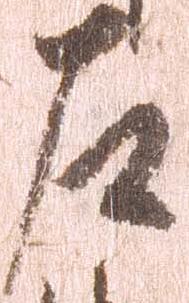
左